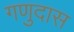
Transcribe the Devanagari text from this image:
गणुदास